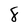
Character: 8